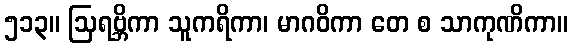
၅၁၃။ ဩရဗ္ဘိကာ သူကရိကာ၊ မာဂဝိကာ တေ စ သာကုဏိကာ။